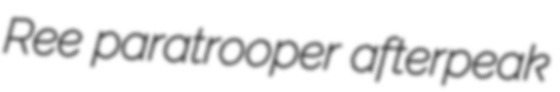
Ree paratrooper afterpeak